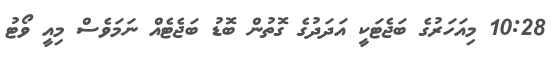
10:28 މިއަހަރުގެ ބަޖެޓަކީ އަދަދުގެ ގޮތުން ބޮޑު ބަޖެޓެއް ނަމަވެސް މިއީ ވޯޓު